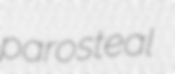
parosteal